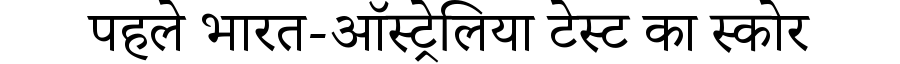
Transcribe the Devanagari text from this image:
पहले भारत-ऑस्ट्रेलिया टेस्ट का स्कोर